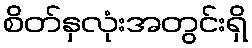
စိတ်နှလုံးအတွင်းရှိ